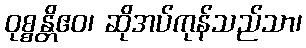
ဝုစ္စန္တိဧဝ၊ ဆိုအပ်ကုန်သည်သာ၊